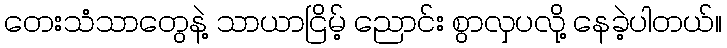
တေးသံသာတွေနဲ့ သာယာငြိမ့် ညောင်း စွာလှပလို့ နေခဲ့ပါတယ်။